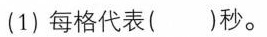
(1)每格代表( )秒。